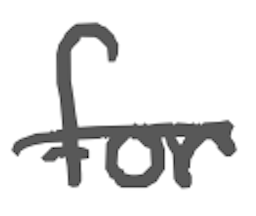
Text: for
Cross-out: single-line
Writing tool: digital_gray